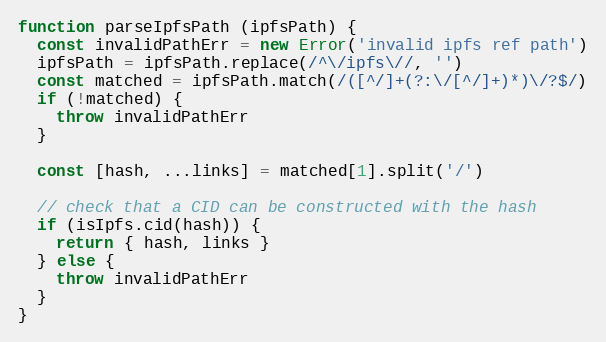
Language: JavaScript
function parseIpfsPath (ipfsPath) {
  const invalidPathErr = new Error('invalid ipfs ref path')
  ipfsPath = ipfsPath.replace(/^\/ipfs\//, '')
  const matched = ipfsPath.match(/([^/]+(?:\/[^/]+)*)\/?$/)
  if (!matched) {
    throw invalidPathErr
  }

  const [hash, ...links] = matched[1].split('/')

  // check that a CID can be constructed with the hash
  if (isIpfs.cid(hash)) {
    return { hash, links }
  } else {
    throw invalidPathErr
  }
}